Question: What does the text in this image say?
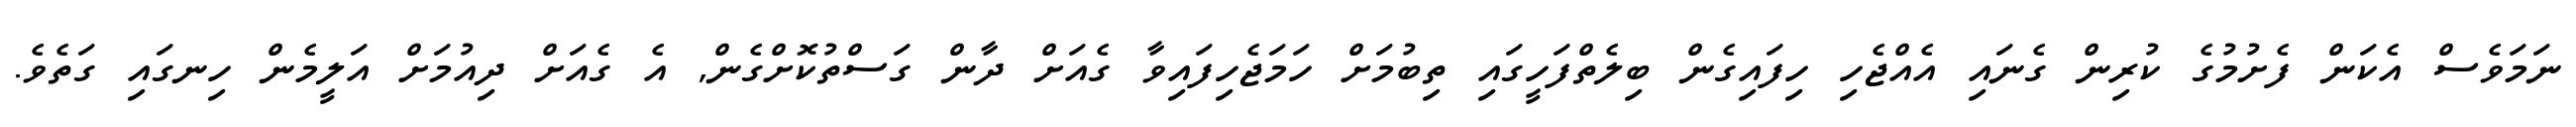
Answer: ނަމަވެސް އެކަން ފެށުމުގެ ކުރިން ގެނައި އެއްޖެހި ހިފައިގެން ބިލެތްފަހީގައި ތިބުމަށް ހަމަޖެހިފައިވާ ގެއަށް ދާން ގަސްތުކޮށްގެން, އެ ގެއަށް ދިއުމަށް އަލީމެން ހިނގައި ގަތެވެ.